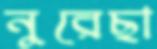
নুরেছা